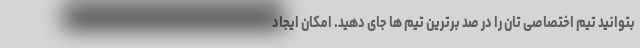
بتوانید تیم اختصاصی تان را در صد برترین تیم ها جای دهید. امکان ایجاد